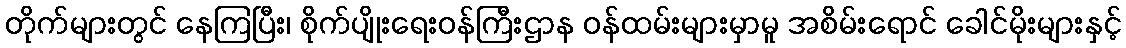
တိုက်များတွင် နေကြပြီး၊ စိုက်ပျိုးရေးဝန်ကြီးဌာန ဝန်ထမ်းများမှာမူ အစိမ်းရောင် ခေါင်မိုးများနှင့်